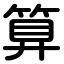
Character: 算